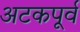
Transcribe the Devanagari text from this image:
अटकपूर्व